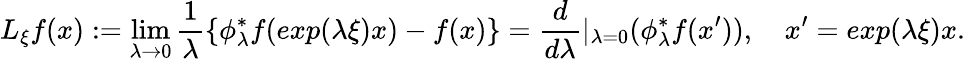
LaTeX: {L}_{\xi}f(x):=\operatorname*{lim}_{\lambda\rightarrow 0}\frac{1}{\lambda}\{ \phi_{\lambda}^{*}f(exp(\lambda\xi)x)-f(x)\} =\frac{d}{d\lambda}|_{\lambda=0}(\phi_{\lambda}^{*}f(x^{\prime})),\quad x^{\prime}=exp(\lambda\xi)x.